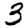
Digit: 3